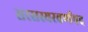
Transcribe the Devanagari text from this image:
सरसस्यरवर्णपद